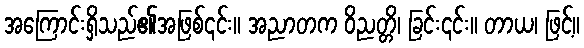
အကြောင်းရှိသည်၏အဖြစ်၎င်း။ အညာတက ဝိညတ္တိ၊ ခြင်း၎င်း။ တာယ၊ ဖြင့်။